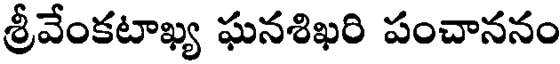
శ్రీవేంకటాఖ్య ఘనశిఖరి పంచాననం